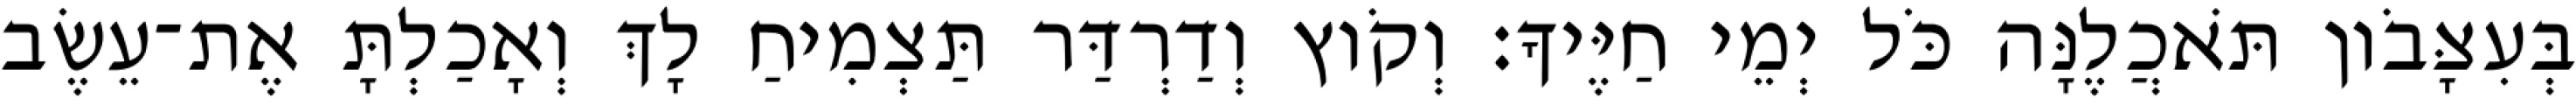
בְּעִצָּבֹון תֹּאכֲלֶנָּה כֹּל יְמֵי חַיֶּיךָ׃ וְקֹוץ וְדַרְדַּר תַּצְמִיחַ לָךְ וְאָכַלְתָּ אֶת־עֵשֶׂב